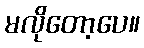
မလိုတော့ပေ။